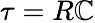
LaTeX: \tau=R\mathbb{C}